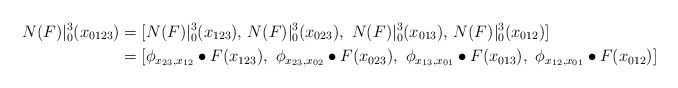
\begin{align*}N(F)|^3_0 (x_{0123}) &= [N(F)|^3_0(x_{123}), \, N(F)|^3_0(x_{023} ), \ N(F)|^3_0(x_{013}),\, N(F)|^3_0(x_{012})] \\ &= [\phi_{x_{23},x_{12}} \bullet F(x_{123}),\ \phi_{x_{23},x_{02}} \bullet F(x_{023}),\ \phi_{x_{13},x_{01}} \bullet F(x_{013}),\ \phi_{x_{12},x_{01}} \bullet F(x_{012})]\end{align*}